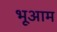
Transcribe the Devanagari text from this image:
भूआम